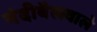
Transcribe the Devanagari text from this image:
नंदीबैलवाले